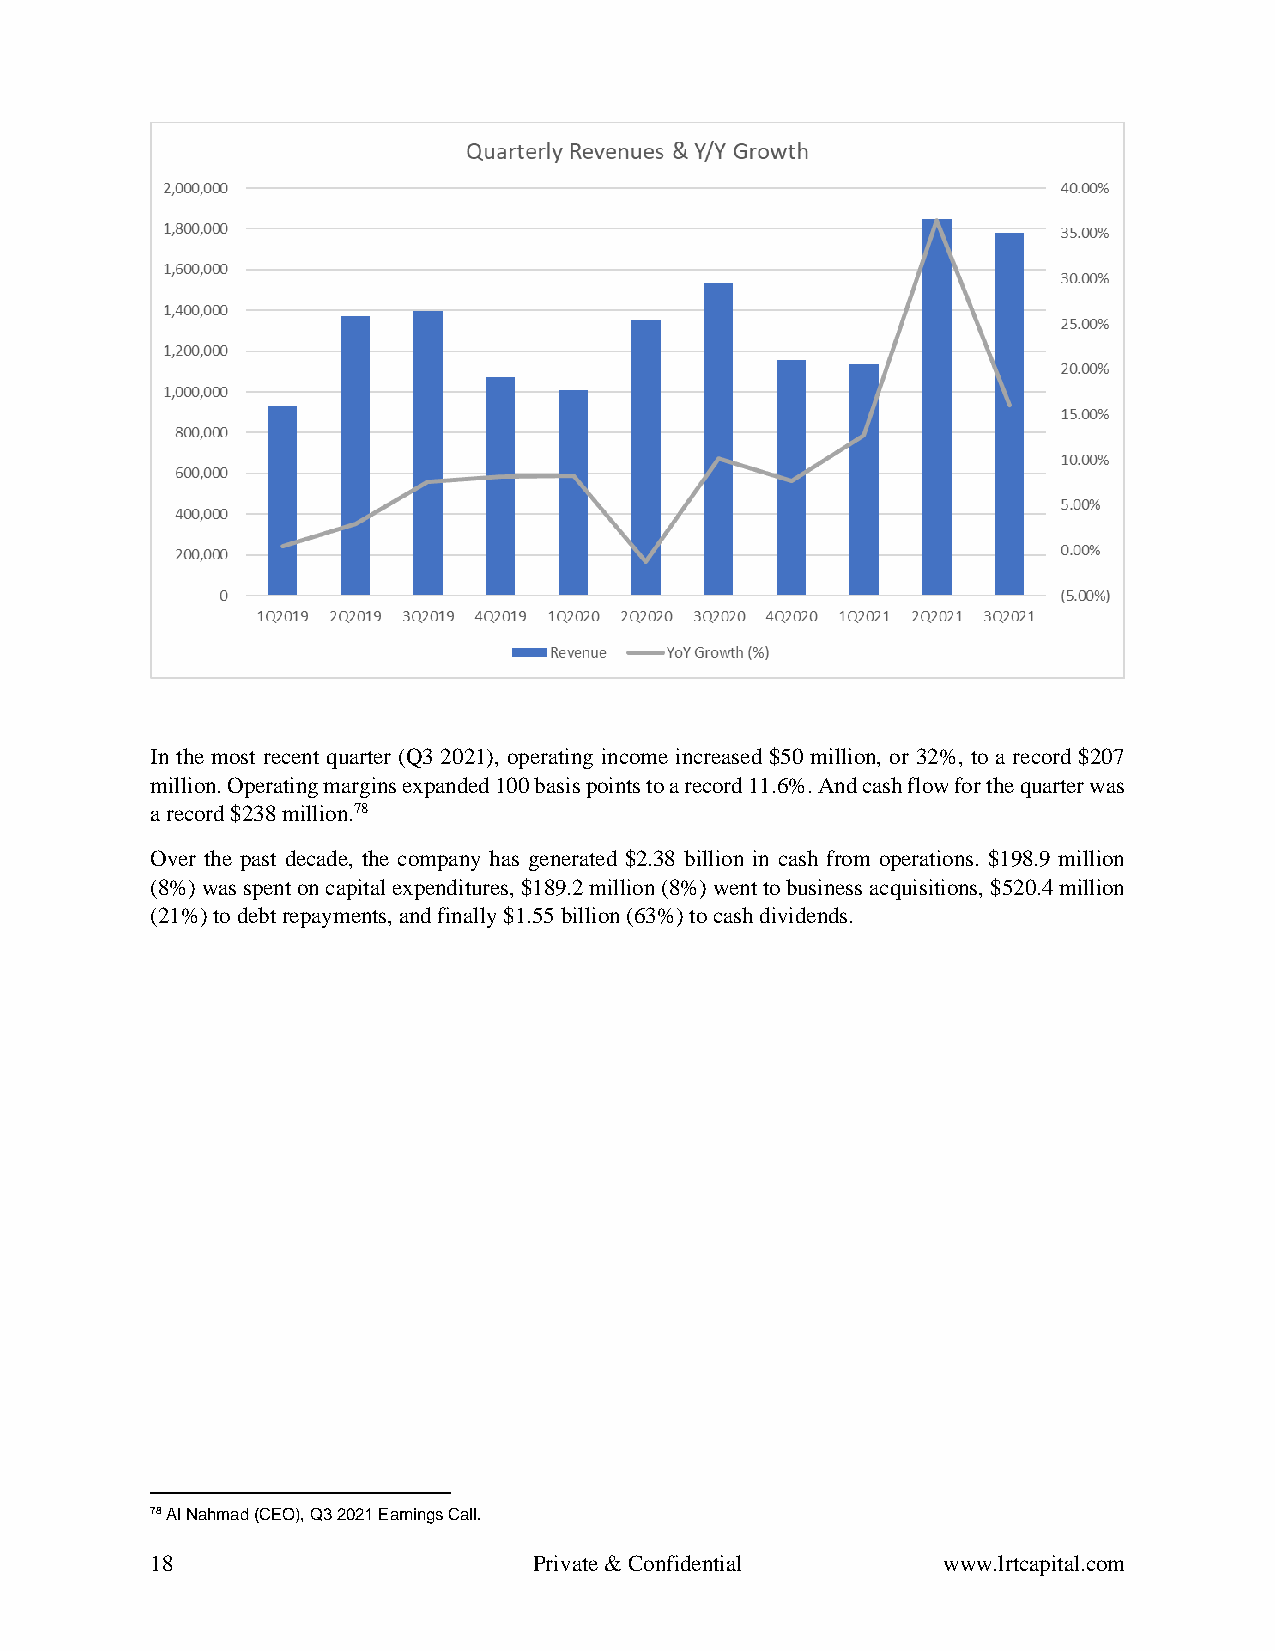
In the most recent quarter (Q3 2021), operating income increased $50 million, or 32%, to a record $207
 million. Operating margins expanded 100 basis points to a record 11.6%. And cash flow for the quarter was
 a record $238 million.78
 Over the past decade, the company has generated $2.38 billion in cash from operations. $198.9 million
 (8%) was spent on capital expenditures, $189.2 million (8%) went to business acquisitions, $520.4 million
 (21%) to debt repayments, and finally $1.55 billion (63%) to cash dividends.
 78 Al Nahmad (CEO), Q3 2021 Earnings Call.
 18                       Private & Confidential     www.lrtcapital.com